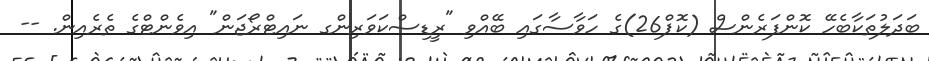
ބަދަލުތަކާބެހޭ ކޮންފަރެންސް (ކޮޕް26)ގެ ހަވާސާގައި ބޭއްވި "ރީޑިސްކަވަރިންގ ނައިޓްރޯޖަން" އިވެންޓްގެ ތެރެއިން. --